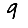
Digit: 9